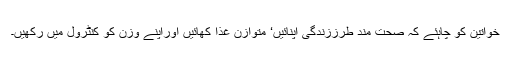
خواتین کو چاہئے کہ صحت مند طرززندگی اپنائیں‘ متوازن غذا کھائیں اوراپنے وزن کو کنٹرول میں رکھیں۔